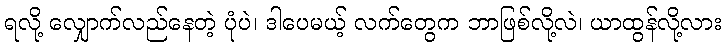
ရလို့ လျှောက်လည်နေတဲ့ ပုံပဲ၊ ဒါပေမယ့် လက်တွေက ဘာဖြစ်လို့လဲ၊ ယာထွန်လို့လား